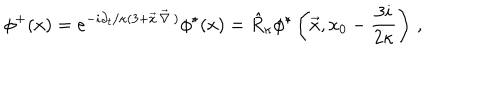
\phi ^ { + } ( x ) = e ^ { - { i \partial _ { t } / \kappa } ( 3 + \vec { x } \, \vec { \nabla } \, ) } \phi ^ { \star } ( x ) = \hat { R } _ { \kappa } \phi ^ { \star } \left( \vec { x } , x _ { 0 } - { \frac { 3 i } { 2 \kappa } } \right) \, ,